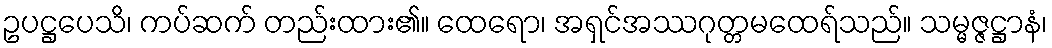
ဥပဋ္ဌပေသိ၊ ကပ်ဆက် တည်းထား၏။ ထေရော၊ အရှင်အဿဂုတ္တမထေရ်သည်။ သမ္မဇ္ဇဋ္ဌာနံ၊